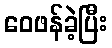
ဝေဖန်ခဲ့ပြီး